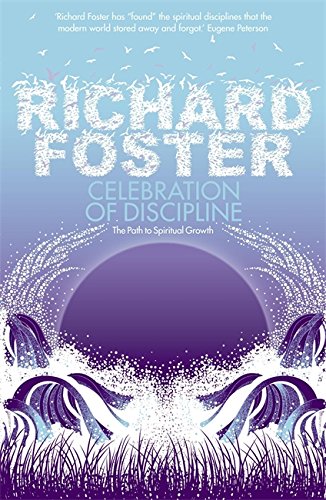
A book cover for Celebration of Discipline; Richard Foster; Religion & Spirituality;